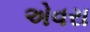
એવરા